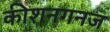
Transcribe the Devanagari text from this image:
कीशनगनज